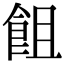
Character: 飷